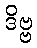
ဒိဗ္ဗ